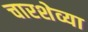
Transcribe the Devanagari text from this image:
चारशेव्या